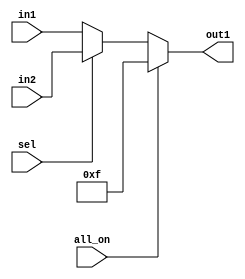
module m_selector(input sel, input all_on, input [3:0] in1, input [3:0] in2, output [3:0] out1);
	assign out1 = (all_on==1'b1) ? 4'hf:
						((sel==1'b0) ? in1 : in2) ; 
endmodule